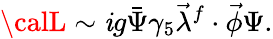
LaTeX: {\calL}\sim\mathit{i}g\bar{{\Psi}}\gamma_{5}\vec{{\lambda}}^{f}\cdot\vec{{\phi}}\Psi.